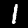
Digit: 1